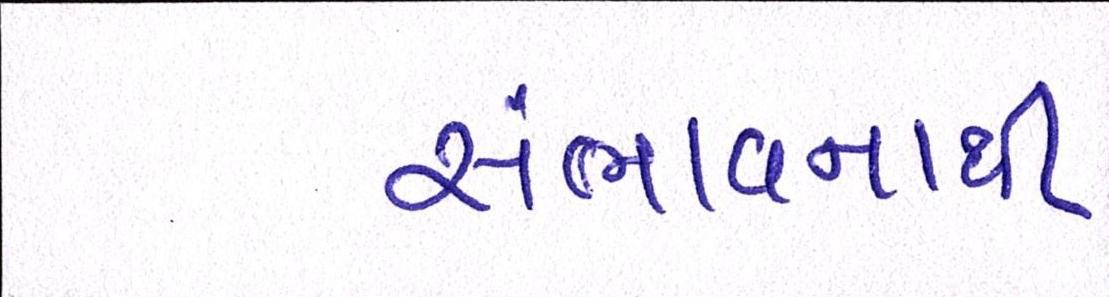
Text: સંભાવનાથી